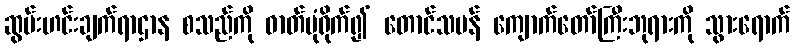
ဆွမ်းဟင်းချက်ရာဌာန စသည်ကို ဓာတ်ပုံရိုက်၍ တောင်သမန် ကျောက်တော်ကြီးဘုရားကို သွားရောက်